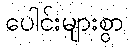
ပေါင်းများစွာ